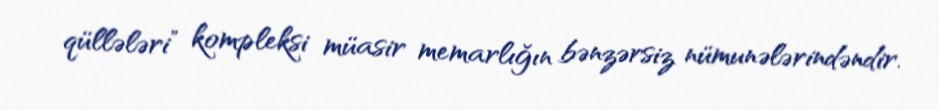
qüllələri” kompleksi müasir memarlığın bənzərsiz nümunələrindəndir.